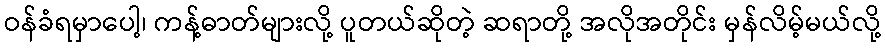
ဝန်ခံရမှာပေါ့၊ ကန့်ဓာတ်များလို့ ပူတယ်ဆိုတဲ့ ဆရာတို့ အလိုအတိုင်း မှန်လိမ့်မယ်လို့